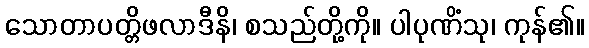
သောတာပတ္တိဖလာဒီနိ၊ စသည်တို့ကို။ ပါပုဏိံသု၊ ကုန်၏။